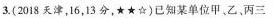
3.（2018天津，16，13分，★ ★ ☆）已知某单位甲、乙、丙三